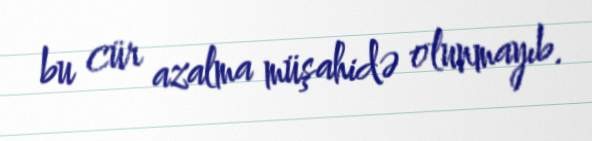
bu cür azalma müşahidə olunmayıb.